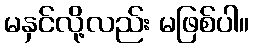
မနှင်လို့လည်း မဖြစ်ပါ။